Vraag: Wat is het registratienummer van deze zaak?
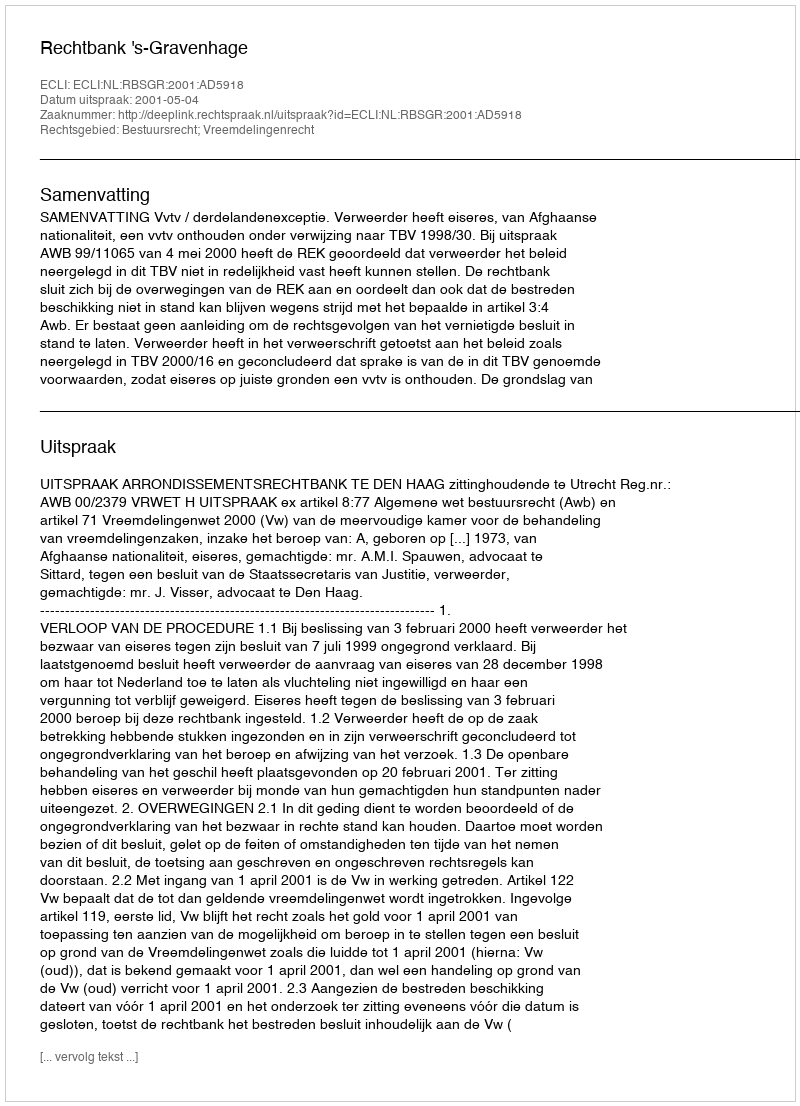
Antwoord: http://deeplink.rechtspraak.nl/uitspraak?id=ECLI:NL:RBSGR:2001:AD5918